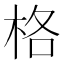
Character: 格